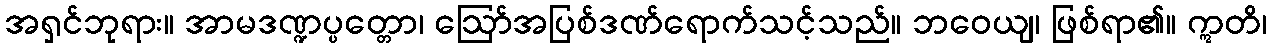
အရှင်ဘုရား။ အာမဒဏ္ဍပ္ပတ္တော၊ ဩော်အပြစ်ဒဏ်ရောက်သင့်သည်။ ဘဝေယျ၊ ဖြစ်ရာ၏။ ဣတိ၊